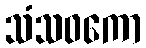
သံသဝကော